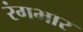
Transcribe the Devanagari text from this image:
रंगभार